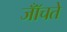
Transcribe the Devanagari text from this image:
जॉँचते